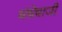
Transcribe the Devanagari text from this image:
धंधेबाजी